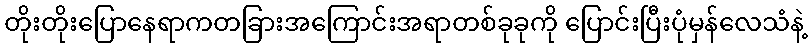
တိုးတိုးပြောနေရာကတခြားအကြောင်းအရာတစ်ခုခုကို ပြောင်းပြီးပုံမှန်လေသံနဲ့